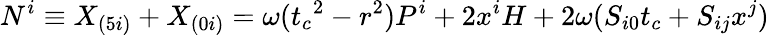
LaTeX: N^{i}\equiv X_{(5i)}+X_{(0i)}=\omega({t_{c}}^{2}-r^{2})P^{i}+2x^{i}H+2\omega(S_{i0}t_{c}+S_{ij}x^{j})